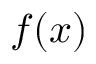
f ( x )